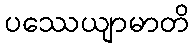
ပဿေယျာမာတိ